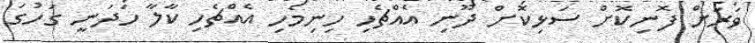
ވަރަށް ފޮނިކޮށް ސަޅިކޮށް ދޫނި އެއްޗެހި ހިނިމެހި އެއްޗެހި ކާލާ ހަދަނީ ގަހުގަ